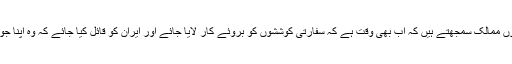
براک اوباما نےکہا کہ دونوں ممالک سمجھتے ہیں کہ اب بھی وقت ہے کہ سفارتی کوششوں کو بروئے کار لایا جائے اور ایران کو قائل کیا جائے کہ وہ اپنا جوہری پروگرام ترک کردے۔